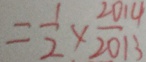
= \frac { 1 } { 2 } \times \frac { 2 0 1 4 } { 2 0 1 3 }